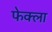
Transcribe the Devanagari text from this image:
फेक्ला